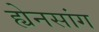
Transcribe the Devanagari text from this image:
ह्येनसांग